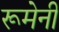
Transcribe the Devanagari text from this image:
रूमेनी